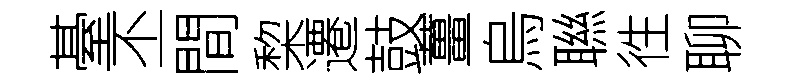
䑓丕間棃遷鼓薑烏聮徃聊